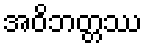
အဝိဘတ္တဿ